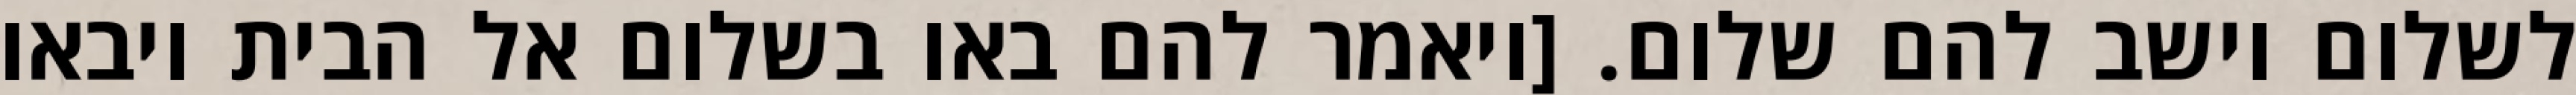
לשלום וישב להם שלום. [ויאמר להם באו בשלום אל הבית ויבאו